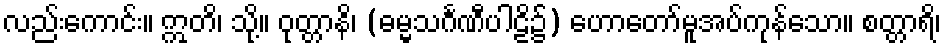
လည်းကောင်း။ ဣတိ၊ သို့။ ဝုတ္တာနိ၊ (ဓမ္မသင်္ဂဏီပါဠိ၌) ဟောတော်မူအပ်ကုန်သော။ စတ္တာရိ၊